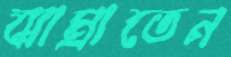
ঝাম্‌রাতেন